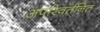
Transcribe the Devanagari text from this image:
अपरिवर्तनित